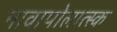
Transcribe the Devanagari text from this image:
नावापोलात्स्क